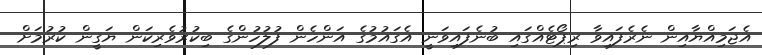
އެޖަމިއްޔާއިން ނެރެފައިވާ ރިޕޯޓެއްގައި ބުނެފައިވަނީ އެގައުމުގެ އަންހެން ފުލުހުންގެ ބިކުރުވެރިކަން ޔަގީން ކުރުމަށް